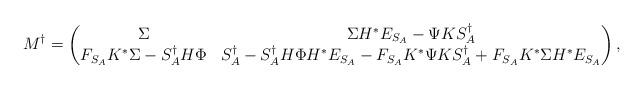
LaTeX: \begin{align*}M^{\dagger}=\begin{pmatrix}\Sigma&\Sigma H^{\ast}E_{S_{A}}-\Psi KS_{A}^{\dagger}\\F_{S_{A}}K^{\ast}\Sigma-S_{A}^{\dagger}H\Phi&S_{A}^{\dagger}-S_{A}^{\dagger}H\Phi H^{\ast}E_{S_{A}}-F_{S_{A}}K^{\ast}\Psi KS_{A}^{\dagger}+F_{S_{A}}K^{\ast}\Sigma H^{\ast}E_{S_{A}}\end{pmatrix},\end{align*}